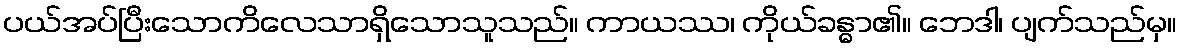
ပယ်အပ်ပြီးသောကိလေသာရှိသောသူသည်။ ကာယဿ၊ ကိုယ်ခန္ဓာ၏။ ဘေဒါ၊ ပျက်သည်မှ။